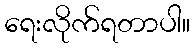
ရေးလိုက်ရတာပါ။